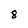
Character: 8